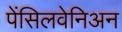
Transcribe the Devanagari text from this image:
पेंसिलवेनिअन